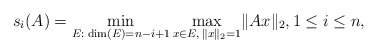
\begin{align*}s_i(A)=\min\limits_{E:\;\dim(E)=n-i+1}\max\limits_{x\in E,\,\lVert x\rVert_2=1}\lVert Ax\rVert_2,1\leq i\leq n,\end{align*}